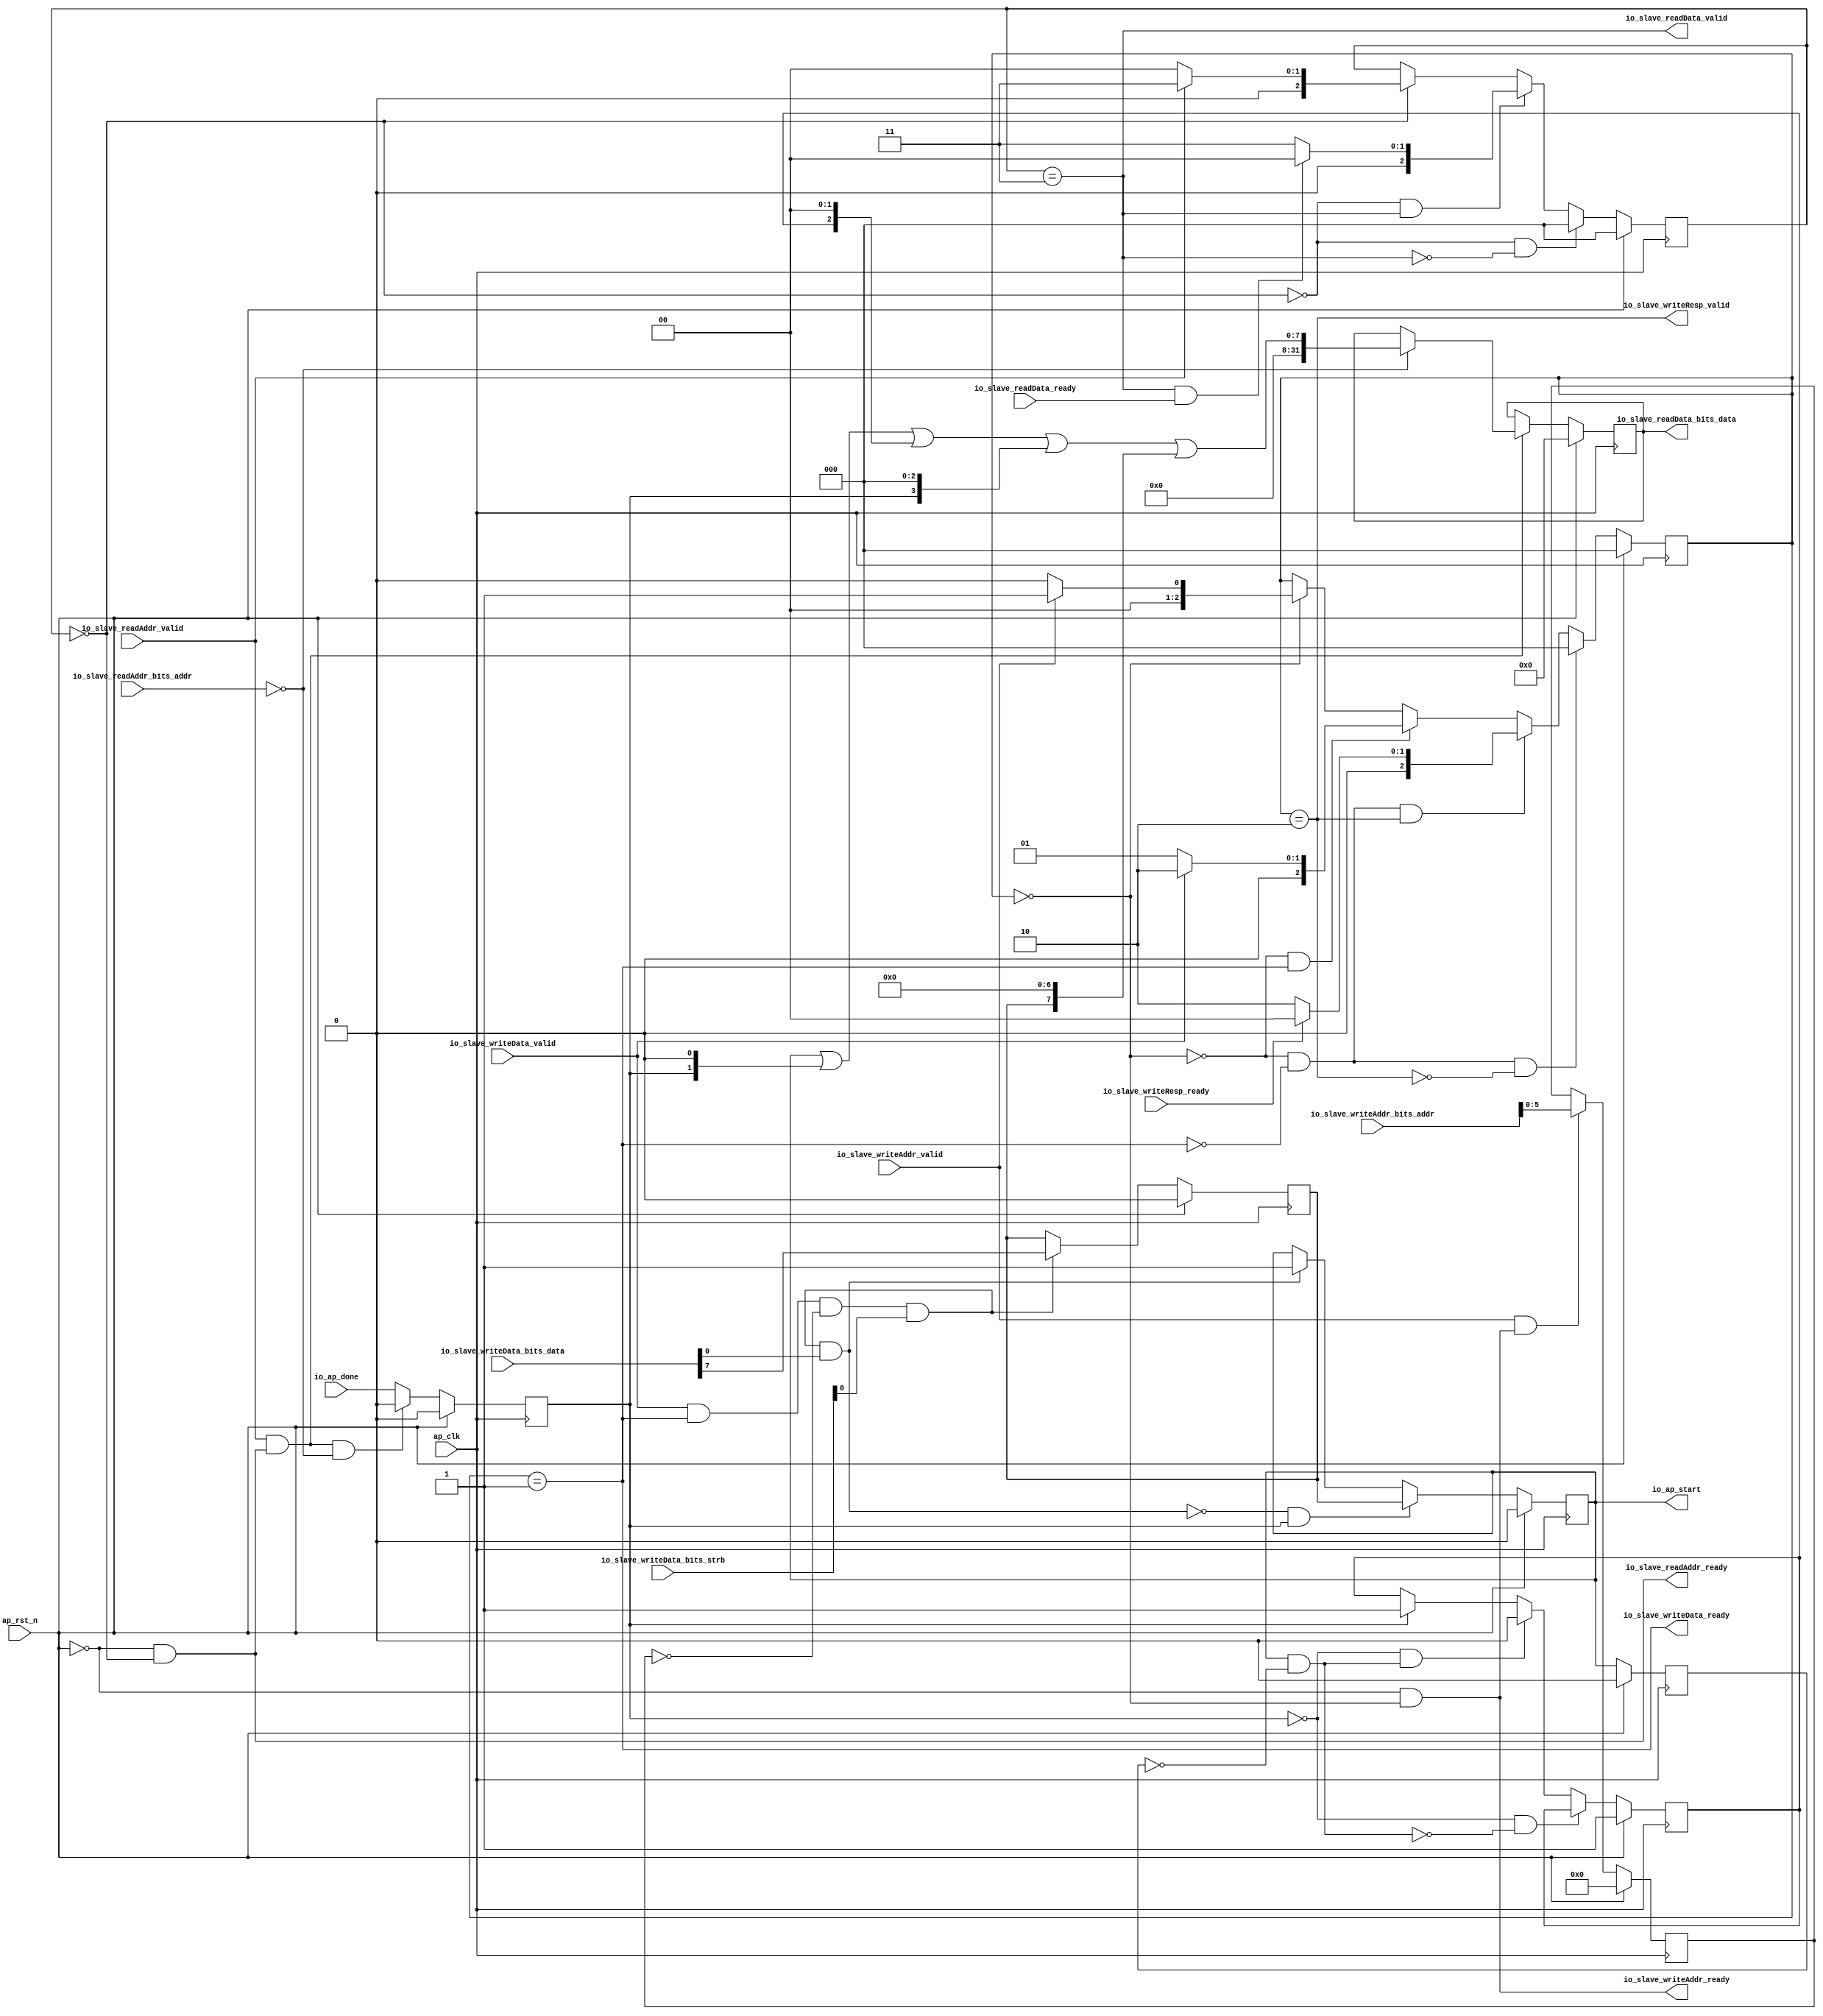
`ifdef RANDOMIZE_GARBAGE_ASSIGN
`define RANDOMIZE
`endif
`ifdef RANDOMIZE_INVALID_ASSIGN
`define RANDOMIZE
`endif
`ifdef RANDOMIZE_REG_INIT
`define RANDOMIZE
`endif
`ifdef RANDOMIZE_MEM_INIT
`define RANDOMIZE
`endif

module AXILiteControl(
  input         ap_clk,
  input         ap_rst_n,
  output        io_slave_writeAddr_ready,
  input         io_slave_writeAddr_valid,
  input  [63:0] io_slave_writeAddr_bits_addr,
  output        io_slave_writeData_ready,
  input         io_slave_writeData_valid,
  input  [31:0] io_slave_writeData_bits_data,
  input  [3:0]  io_slave_writeData_bits_strb,
  input         io_slave_writeResp_ready,
  output        io_slave_writeResp_valid,
  output        io_slave_readAddr_ready,
  input         io_slave_readAddr_valid,
  input  [63:0] io_slave_readAddr_bits_addr,
  input         io_slave_readData_ready,
  output        io_slave_readData_valid,
  output [31:0] io_slave_readData_bits_data,
  output        io_ap_start,
  input         io_ap_done
);
  reg  ap_start;
  reg [31:0] _RAND_0;
  reg  auto_restart;
  reg [31:0] _RAND_1;
  reg  ap_idle;
  reg [31:0] _RAND_2;
  reg  ap_done;
  reg [31:0] _RAND_3;
  reg  ap_start_r;
  reg [31:0] _RAND_4;
  wire  _T_50;
  wire  ap_start_pulse;
  wire  _GEN_0;
  wire  _T_53;
  wire  _T_54;
  wire  _GEN_1;
  wire  _T_59;
  wire  _T_60;
  wire  _GEN_2;
  reg [2:0] stateSlaveWrite;
  reg [31:0] _RAND_5;
  reg [5:0] writeAddr;
  reg [31:0] _RAND_6;
  reg [2:0] stateSlaveRead;
  reg [31:0] _RAND_7;
  reg [31:0] readData;
  reg [31:0] _RAND_8;
  wire  _T_69;
  wire  _T_70;
  wire  _T_71;
  wire  _T_72;
  wire  _T_118;
  wire  addrwr_handshake;
  wire  write_handshake;
  wire [63:0] _GEN_3;
  wire [2:0] _GEN_4;
  wire  _T_121;
  wire [2:0] _GEN_5;
  wire [2:0] _GEN_6;
  wire  _T_124;
  wire  _T_125;
  wire [2:0] _GEN_7;
  wire  _T_127;
  wire [2:0] _GEN_8;
  wire [2:0] _GEN_9;
  wire  _T_132;
  wire  _T_133;
  wire  _T_134;
  wire [2:0] _GEN_10;
  wire  _T_136;
  wire [2:0] _GEN_11;
  wire [2:0] _GEN_12;
  wire  _T_143;
  wire  _T_144;
  wire [2:0] _GEN_13;
  wire  _T_147;
  wire  _T_148;
  wire  _T_149;
  wire  addrrd_handshake;
  wire [2:0] _GEN_14;
  wire  _T_152;
  wire [2:0] _GEN_15;
  wire [2:0] _GEN_16;
  wire  _T_155;
  wire  _T_156;
  wire  _T_157;
  wire [2:0] _GEN_17;
  wire  _T_159;
  wire [2:0] _GEN_18;
  wire [2:0] _GEN_19;
  wire  _T_163;
  wire  _T_164;
  wire [2:0] _GEN_20;
  wire  _T_165;
  wire [1:0] _GEN_27;
  wire [1:0] _T_166;
  wire [1:0] _GEN_28;
  wire [1:0] _T_167;
  wire [2:0] _GEN_29;
  wire [2:0] _T_168;
  wire [2:0] _GEN_30;
  wire [2:0] _T_169;
  wire [3:0] _GEN_31;
  wire [3:0] _T_170;
  wire [3:0] _GEN_32;
  wire [3:0] _T_171;
  wire [7:0] _GEN_33;
  wire [7:0] _T_172;
  wire [7:0] _GEN_34;
  wire [7:0] _T_173;
  wire [31:0] _GEN_21;
  wire [31:0] _GEN_22;
  wire  _T_174;
  wire  _T_175;
  wire  _T_176;
  wire  _T_177;
  wire  _T_178;
  wire  _T_179;
  wire  _GEN_23;
  wire  _T_182;
  wire  _T_183;
  wire  _GEN_24;
  wire  _T_185;
  wire  _GEN_25;
  wire  _T_191;
  wire  _GEN_26;
  assign io_slave_writeAddr_ready = _T_71;
  assign io_slave_writeData_ready = _T_72;
  assign io_slave_writeResp_valid = _T_118;
  assign io_slave_readAddr_ready = _T_148;
  assign io_slave_readData_valid = _T_149;
  assign io_slave_readData_bits_data = readData;
  assign io_ap_start = ap_start;
  assign _T_50 = ap_start_r == 1'h0;
  assign ap_start_pulse = ap_start & _T_50;
  assign _GEN_0 = ap_done ? 1'h1 : ap_idle;
  assign _T_53 = ap_done == 1'h0;
  assign _T_54 = _T_53 & ap_start_pulse;
  assign _GEN_1 = _T_54 ? 1'h0 : _GEN_0;
  assign _T_59 = ap_start_pulse == 1'h0;
  assign _T_60 = _T_53 & _T_59;
  assign _GEN_2 = _T_60 ? ap_idle : _GEN_1;
  assign _T_69 = ap_rst_n == 1'h0;
  assign _T_70 = stateSlaveWrite == 3'h0;
  assign _T_71 = _T_69 & _T_70;
  assign _T_72 = stateSlaveWrite == 3'h1;
  assign _T_118 = stateSlaveWrite == 3'h2;
  assign addrwr_handshake = io_slave_writeAddr_valid & io_slave_writeAddr_ready;
  assign write_handshake = io_slave_writeData_valid & io_slave_writeData_ready;
  assign _GEN_3 = addrwr_handshake ? io_slave_writeAddr_bits_addr : {{58'd0}, writeAddr};
  assign _GEN_4 = io_slave_writeAddr_valid ? 3'h1 : stateSlaveWrite;
  assign _T_121 = io_slave_writeAddr_valid == 1'h0;
  assign _GEN_5 = _T_121 ? 3'h0 : _GEN_4;
  assign _GEN_6 = _T_70 ? _GEN_5 : stateSlaveWrite;
  assign _T_124 = _T_70 == 1'h0;
  assign _T_125 = _T_124 & _T_72;
  assign _GEN_7 = io_slave_writeData_valid ? 3'h2 : _GEN_6;
  assign _T_127 = io_slave_writeData_valid == 1'h0;
  assign _GEN_8 = _T_127 ? 3'h1 : _GEN_7;
  assign _GEN_9 = _T_125 ? _GEN_8 : _GEN_6;
  assign _T_132 = _T_72 == 1'h0;
  assign _T_133 = _T_124 & _T_132;
  assign _T_134 = _T_133 & _T_118;
  assign _GEN_10 = io_slave_writeResp_ready ? 3'h0 : _GEN_9;
  assign _T_136 = io_slave_writeResp_ready == 1'h0;
  assign _GEN_11 = _T_136 ? 3'h2 : _GEN_10;
  assign _GEN_12 = _T_134 ? _GEN_11 : _GEN_9;
  assign _T_143 = _T_118 == 1'h0;
  assign _T_144 = _T_133 & _T_143;
  assign _GEN_13 = _T_144 ? 3'h0 : _GEN_12;
  assign _T_147 = stateSlaveRead == 3'h0;
  assign _T_148 = _T_69 & _T_147;
  assign _T_149 = stateSlaveRead == 3'h3;
  assign addrrd_handshake = io_slave_readAddr_valid & io_slave_readAddr_ready;
  assign _GEN_14 = io_slave_readAddr_valid ? 3'h3 : stateSlaveRead;
  assign _T_152 = io_slave_readAddr_valid == 1'h0;
  assign _GEN_15 = _T_152 ? 3'h0 : _GEN_14;
  assign _GEN_16 = _T_147 ? _GEN_15 : stateSlaveRead;
  assign _T_155 = _T_147 == 1'h0;
  assign _T_156 = _T_155 & _T_149;
  assign _T_157 = io_slave_readData_valid & io_slave_readData_ready;
  assign _GEN_17 = _T_157 ? 3'h0 : _GEN_16;
  assign _T_159 = _T_157 == 1'h0;
  assign _GEN_18 = _T_159 ? 3'h3 : _GEN_17;
  assign _GEN_19 = _T_156 ? _GEN_18 : _GEN_16;
  assign _T_163 = _T_149 == 1'h0;
  assign _T_164 = _T_155 & _T_163;
  assign _GEN_20 = _T_164 ? 3'h0 : _GEN_19;
  assign _T_165 = io_slave_readAddr_bits_addr == 64'h0;
  assign _GEN_27 = {{1'd0}, ap_done};
  assign _T_166 = _GEN_27 << 1;
  assign _GEN_28 = {{1'd0}, ap_start};
  assign _T_167 = _GEN_28 | _T_166;
  assign _GEN_29 = {{2'd0}, ap_idle};
  assign _T_168 = _GEN_29 << 2;
  assign _GEN_30 = {{1'd0}, _T_167};
  assign _T_169 = _GEN_30 | _T_168;
  assign _GEN_31 = {{3'd0}, ap_done};
  assign _T_170 = _GEN_31 << 3;
  assign _GEN_32 = {{1'd0}, _T_169};
  assign _T_171 = _GEN_32 | _T_170;
  assign _GEN_33 = {{7'd0}, auto_restart};
  assign _T_172 = _GEN_33 << 7;
  assign _GEN_34 = {{4'd0}, _T_171};
  assign _T_173 = _GEN_34 | _T_172;
  assign _GEN_21 = _T_165 ? {{24'd0}, _T_173} : readData;
  assign _GEN_22 = addrrd_handshake ? _GEN_21 : readData;
  assign _T_174 = writeAddr == 6'h0;
  assign _T_175 = write_handshake & _T_174;
  assign _T_176 = io_slave_writeData_bits_strb[0];
  assign _T_177 = _T_175 & _T_176;
  assign _T_178 = io_slave_writeData_bits_data[0];
  assign _T_179 = _T_177 & _T_178;
  assign _GEN_23 = _T_179 ? 1'h1 : ap_start;
  assign _T_182 = _T_179 == 1'h0;
  assign _T_183 = _T_182 & ap_done;
  assign _GEN_24 = _T_183 ? auto_restart : _GEN_23;
  assign _T_185 = addrrd_handshake & _T_165;
  assign _GEN_25 = _T_185 ? 1'h0 : io_ap_done;
  assign _T_191 = io_slave_writeData_bits_data[7];
  assign _GEN_26 = _T_177 ? _T_191 : auto_restart;
`ifdef RANDOMIZE
  integer initvar;
  initial begin
    `ifndef verilator
      #0.002 begin end
    `endif
  `ifdef RANDOMIZE_REG_INIT
  _RAND_0 = {1{$random}};
  ap_start = _RAND_0[0:0];
  `endif // RANDOMIZE_REG_INIT
  `ifdef RANDOMIZE_REG_INIT
  _RAND_1 = {1{$random}};
  auto_restart = _RAND_1[0:0];
  `endif // RANDOMIZE_REG_INIT
  `ifdef RANDOMIZE_REG_INIT
  _RAND_2 = {1{$random}};
  ap_idle = _RAND_2[0:0];
  `endif // RANDOMIZE_REG_INIT
  `ifdef RANDOMIZE_REG_INIT
  _RAND_3 = {1{$random}};
  ap_done = _RAND_3[0:0];
  `endif // RANDOMIZE_REG_INIT
  `ifdef RANDOMIZE_REG_INIT
  _RAND_4 = {1{$random}};
  ap_start_r = _RAND_4[0:0];
  `endif // RANDOMIZE_REG_INIT
  `ifdef RANDOMIZE_REG_INIT
  _RAND_5 = {1{$random}};
  stateSlaveWrite = _RAND_5[2:0];
  `endif // RANDOMIZE_REG_INIT
  `ifdef RANDOMIZE_REG_INIT
  _RAND_6 = {1{$random}};
  writeAddr = _RAND_6[5:0];
  `endif // RANDOMIZE_REG_INIT
  `ifdef RANDOMIZE_REG_INIT
  _RAND_7 = {1{$random}};
  stateSlaveRead = _RAND_7[2:0];
  `endif // RANDOMIZE_REG_INIT
  `ifdef RANDOMIZE_REG_INIT
  _RAND_8 = {1{$random}};
  readData = _RAND_8[31:0];
  `endif // RANDOMIZE_REG_INIT
  end
`endif // RANDOMIZE
  always @(posedge ap_clk) begin
    if (ap_rst_n) begin
      ap_start <= 1'h0;
    end else begin
      if (_T_183) begin
        ap_start <= auto_restart;
      end else begin
        if (_T_179) begin
          ap_start <= 1'h1;
        end
      end
    end
    if (ap_rst_n) begin
      auto_restart <= 1'h0;
    end else begin
      if (_T_177) begin
        auto_restart <= _T_191;
      end
    end
    if (ap_rst_n) begin
      ap_idle <= 1'h1;
    end else begin
      if (!(_T_60)) begin
        if (_T_54) begin
          ap_idle <= 1'h0;
        end else begin
          if (ap_done) begin
            ap_idle <= 1'h1;
          end
        end
      end
    end
    if (ap_rst_n) begin
      ap_done <= 1'h0;
    end else begin
      if (_T_185) begin
        ap_done <= 1'h0;
      end else begin
        ap_done <= io_ap_done;
      end
    end
    if (ap_rst_n) begin
      ap_start_r <= 1'h0;
    end else begin
      ap_start_r <= ap_start;
    end
    if (ap_rst_n) begin
      stateSlaveWrite <= 3'h0;
    end else begin
      if (_T_144) begin
        stateSlaveWrite <= 3'h0;
      end else begin
        if (_T_134) begin
          if (_T_136) begin
            stateSlaveWrite <= 3'h2;
          end else begin
            if (io_slave_writeResp_ready) begin
              stateSlaveWrite <= 3'h0;
            end else begin
              if (_T_125) begin
                if (_T_127) begin
                  stateSlaveWrite <= 3'h1;
                end else begin
                  if (io_slave_writeData_valid) begin
                    stateSlaveWrite <= 3'h2;
                  end else begin
                    if (_T_70) begin
                      if (_T_121) begin
                        stateSlaveWrite <= 3'h0;
                      end else begin
                        if (io_slave_writeAddr_valid) begin
                          stateSlaveWrite <= 3'h1;
                        end
                      end
                    end
                  end
                end
              end else begin
                if (_T_70) begin
                  if (_T_121) begin
                    stateSlaveWrite <= 3'h0;
                  end else begin
                    if (io_slave_writeAddr_valid) begin
                      stateSlaveWrite <= 3'h1;
                    end
                  end
                end
              end
            end
          end
        end else begin
          if (_T_125) begin
            if (_T_127) begin
              stateSlaveWrite <= 3'h1;
            end else begin
              if (io_slave_writeData_valid) begin
                stateSlaveWrite <= 3'h2;
              end else begin
                if (_T_70) begin
                  if (_T_121) begin
                    stateSlaveWrite <= 3'h0;
                  end else begin
                    if (io_slave_writeAddr_valid) begin
                      stateSlaveWrite <= 3'h1;
                    end
                  end
                end
              end
            end
          end else begin
            if (_T_70) begin
              if (_T_121) begin
                stateSlaveWrite <= 3'h0;
              end else begin
                if (io_slave_writeAddr_valid) begin
                  stateSlaveWrite <= 3'h1;
                end
              end
            end
          end
        end
      end
    end
    if (ap_rst_n) begin
      writeAddr <= 6'h0;
    end else begin
      writeAddr <= _GEN_3[5:0];
    end
    if (ap_rst_n) begin
      stateSlaveRead <= 3'h0;
    end else begin
      if (_T_164) begin
        stateSlaveRead <= 3'h0;
      end else begin
        if (_T_156) begin
          if (_T_159) begin
            stateSlaveRead <= 3'h3;
          end else begin
            if (_T_157) begin
              stateSlaveRead <= 3'h0;
            end else begin
              if (_T_147) begin
                if (_T_152) begin
                  stateSlaveRead <= 3'h0;
                end else begin
                  if (io_slave_readAddr_valid) begin
                    stateSlaveRead <= 3'h3;
                  end
                end
              end
            end
          end
        end else begin
          if (_T_147) begin
            if (_T_152) begin
              stateSlaveRead <= 3'h0;
            end else begin
              if (io_slave_readAddr_valid) begin
                stateSlaveRead <= 3'h3;
              end
            end
          end
        end
      end
    end
    if (ap_rst_n) begin
      readData <= 32'h0;
    end else begin
      if (addrrd_handshake) begin
        if (_T_165) begin
          readData <= {{24'd0}, _T_173};
        end
      end
    end
  end
endmodule
module MyKernel(
  input   ap_clk,
  input   ap_rst_n,
  input   io_ap_start,
  output  io_ap_done
);
  reg [4:0] value;
  reg [31:0] _RAND_0;
  reg  regFlagStart;
  reg [31:0] _RAND_1;
  reg  doneReg;
  reg [31:0] _RAND_2;
  wire  _T_18;
  wire  _T_19;
  wire  _T_21;
  wire [5:0] _T_23;
  wire [4:0] _T_24;
  wire [4:0] _GEN_0;
  wire [4:0] _GEN_1;
  wire  _GEN_2;
  wire  _T_28;
  wire  _GEN_3;
  assign io_ap_done = doneReg;
  assign _T_18 = regFlagStart == 1'h0;
  assign _T_19 = io_ap_start & _T_18;
  assign _T_21 = value == 5'h1d;
  assign _T_23 = value + 5'h1;
  assign _T_24 = _T_23[4:0];
  assign _GEN_0 = _T_21 ? 5'h0 : _T_24;
  assign _GEN_1 = _T_19 ? _GEN_0 : value;
  assign _GEN_2 = _T_19 ? 1'h1 : regFlagStart;
  assign _T_28 = value > 5'h0;
  assign _GEN_3 = _T_28 ? 1'h1 : doneReg;
`ifdef RANDOMIZE
  integer initvar;
  initial begin
    `ifndef verilator
      #0.002 begin end
    `endif
  `ifdef RANDOMIZE_REG_INIT
  _RAND_0 = {1{$random}};
  value = _RAND_0[4:0];
  `endif // RANDOMIZE_REG_INIT
  `ifdef RANDOMIZE_REG_INIT
  _RAND_1 = {1{$random}};
  regFlagStart = _RAND_1[0:0];
  `endif // RANDOMIZE_REG_INIT
  `ifdef RANDOMIZE_REG_INIT
  _RAND_2 = {1{$random}};
  doneReg = _RAND_2[0:0];
  `endif // RANDOMIZE_REG_INIT
  end
`endif // RANDOMIZE
  always @(posedge ap_clk) begin
    if (ap_rst_n) begin
      value <= 5'h0;
    end else begin
      if (_T_19) begin
        if (_T_21) begin
          value <= 5'h0;
        end else begin
          value <= _T_24;
        end
      end
    end
    if (ap_rst_n) begin
      regFlagStart <= 1'h0;
    end else begin
      if (_T_19) begin
        regFlagStart <= 1'h1;
      end
    end
    if (ap_rst_n) begin
      doneReg <= 1'h0;
    end else begin
      if (_T_28) begin
        doneReg <= 1'h1;
      end
    end
  end
endmodule
module SDAChiselWrapper(
  input          ap_clk,
  input          ap_rst_n,
  input          m_axi_gmem_AWREADY,
  output         m_axi_gmem_AWVALID,
  output [63:0]  m_axi_gmem_AWADDR,
  output [2:0]   m_axi_gmem_AWSIZE,
  output [7:0]   m_axi_gmem_AWLEN,
  output [1:0]   m_axi_gmem_AWBURST,
  output         m_axi_gmem_AWID,
  output         m_axi_gmem_AWLOCK,
  output [3:0]   m_axi_gmem_AWCACHE,
  output [2:0]   m_axi_gmem_AWPROT,
  output [3:0]   m_axi_gmem_AWQOS,
  input          m_axi_gmem_WREADY,
  output         m_axi_gmem_WVALID,
  output [511:0] m_axi_gmem_WDATA,
  output [63:0]  m_axi_gmem_WSTRB,
  output         m_axi_gmem_WLAST,
  output         m_axi_gmem_BREADY,
  input          m_axi_gmem_BVALID,
  input          m_axi_gmem_BID,
  input  [1:0]   m_axi_gmem_BRESP,
  input          m_axi_gmem_ARREADY,
  output         m_axi_gmem_ARVALID,
  output [63:0]  m_axi_gmem_ARADDR,
  output [2:0]   m_axi_gmem_ARSIZE,
  output [7:0]   m_axi_gmem_ARLEN,
  output [1:0]   m_axi_gmem_ARBURST,
  output         m_axi_gmem_ARID,
  output         m_axi_gmem_ARLOCK,
  output [3:0]   m_axi_gmem_ARCACHE,
  output [2:0]   m_axi_gmem_ARPROT,
  output [3:0]   m_axi_gmem_ARQOS,
  output         m_axi_gmem_RREADY,
  input          m_axi_gmem_RVALID,
  input  [511:0] m_axi_gmem_RDATA,
  input          m_axi_gmem_RID,
  input          m_axi_gmem_RLAST,
  input  [1:0]   m_axi_gmem_RRESP,
  output         S_AXI_CONTROL_AWREADY,
  input          S_AXI_CONTROL_AWVALID,
  input  [63:0]  S_AXI_CONTROL_AWADDR,
  input  [2:0]   S_AXI_CONTROL_AWPROT,
  output         S_AXI_CONTROL_WREADY,
  input          S_AXI_CONTROL_WVALID,
  input  [31:0]  S_AXI_CONTROL_WDATA,
  input  [3:0]   S_AXI_CONTROL_WSTRB,
  input          S_AXI_CONTROL_BREADY,
  output         S_AXI_CONTROL_BVALID,
  output [1:0]   S_AXI_CONTROL_BRESP,
  output         S_AXI_CONTROL_ARREADY,
  input          S_AXI_CONTROL_ARVALID,
  input  [63:0]  S_AXI_CONTROL_ARADDR,
  input  [2:0]   S_AXI_CONTROL_ARPROT,
  input          S_AXI_CONTROL_RREADY,
  output         S_AXI_CONTROL_RVALID,
  output [31:0]  S_AXI_CONTROL_RDATA,
  output [1:0]   S_AXI_CONTROL_RRESP
);
  wire  slave_fsm_ap_clk;
  wire  slave_fsm_ap_rst_n;
  wire  slave_fsm_io_slave_writeAddr_ready;
  wire  slave_fsm_io_slave_writeAddr_valid;
  wire [63:0] slave_fsm_io_slave_writeAddr_bits_addr;
  wire  slave_fsm_io_slave_writeData_ready;
  wire  slave_fsm_io_slave_writeData_valid;
  wire [31:0] slave_fsm_io_slave_writeData_bits_data;
  wire [3:0] slave_fsm_io_slave_writeData_bits_strb;
  wire  slave_fsm_io_slave_writeResp_ready;
  wire  slave_fsm_io_slave_writeResp_valid;
  wire  slave_fsm_io_slave_readAddr_ready;
  wire  slave_fsm_io_slave_readAddr_valid;
  wire [63:0] slave_fsm_io_slave_readAddr_bits_addr;
  wire  slave_fsm_io_slave_readData_ready;
  wire  slave_fsm_io_slave_readData_valid;
  wire [31:0] slave_fsm_io_slave_readData_bits_data;
  wire  slave_fsm_io_ap_start;
  wire  slave_fsm_io_ap_done;
  wire  RTLKernel_ap_clk;
  wire  RTLKernel_ap_rst_n;
  wire  RTLKernel_io_ap_start;
  wire  RTLKernel_io_ap_done;
  wire  _T_88;
  AXILiteControl slave_fsm (
    .ap_clk(slave_fsm_ap_clk),
    .ap_rst_n(slave_fsm_ap_rst_n),
    .io_slave_writeAddr_ready(slave_fsm_io_slave_writeAddr_ready),
    .io_slave_writeAddr_valid(slave_fsm_io_slave_writeAddr_valid),
    .io_slave_writeAddr_bits_addr(slave_fsm_io_slave_writeAddr_bits_addr),
    .io_slave_writeData_ready(slave_fsm_io_slave_writeData_ready),
    .io_slave_writeData_valid(slave_fsm_io_slave_writeData_valid),
    .io_slave_writeData_bits_data(slave_fsm_io_slave_writeData_bits_data),
    .io_slave_writeData_bits_strb(slave_fsm_io_slave_writeData_bits_strb),
    .io_slave_writeResp_ready(slave_fsm_io_slave_writeResp_ready),
    .io_slave_writeResp_valid(slave_fsm_io_slave_writeResp_valid),
    .io_slave_readAddr_ready(slave_fsm_io_slave_readAddr_ready),
    .io_slave_readAddr_valid(slave_fsm_io_slave_readAddr_valid),
    .io_slave_readAddr_bits_addr(slave_fsm_io_slave_readAddr_bits_addr),
    .io_slave_readData_ready(slave_fsm_io_slave_readData_ready),
    .io_slave_readData_valid(slave_fsm_io_slave_readData_valid),
    .io_slave_readData_bits_data(slave_fsm_io_slave_readData_bits_data),
    .io_ap_start(slave_fsm_io_ap_start),
    .io_ap_done(slave_fsm_io_ap_done)
  );
  MyKernel RTLKernel (
    .ap_clk(RTLKernel_ap_clk),
    .ap_rst_n(RTLKernel_ap_rst_n),
    .io_ap_start(RTLKernel_io_ap_start),
    .io_ap_done(RTLKernel_io_ap_done)
  );
  assign m_axi_gmem_AWVALID = 1'h0;
  assign m_axi_gmem_AWADDR = 64'h0;
  assign m_axi_gmem_AWSIZE = 3'h0;
  assign m_axi_gmem_AWLEN = 8'h0;
  assign m_axi_gmem_AWBURST = 2'h0;
  assign m_axi_gmem_AWID = 1'h0;
  assign m_axi_gmem_AWLOCK = 1'h0;
  assign m_axi_gmem_AWCACHE = 4'h0;
  assign m_axi_gmem_AWPROT = 3'h0;
  assign m_axi_gmem_AWQOS = 4'h0;
  assign m_axi_gmem_WVALID = 1'h0;
  assign m_axi_gmem_WDATA = 512'h0;
  assign m_axi_gmem_WSTRB = 64'h0;
  assign m_axi_gmem_WLAST = 1'h0;
  assign m_axi_gmem_BREADY = 1'h0;
  assign m_axi_gmem_ARVALID = 1'h0;
  assign m_axi_gmem_ARADDR = 64'h0;
  assign m_axi_gmem_ARSIZE = 3'h0;
  assign m_axi_gmem_ARLEN = 8'h0;
  assign m_axi_gmem_ARBURST = 2'h0;
  assign m_axi_gmem_ARID = 1'h0;
  assign m_axi_gmem_ARLOCK = 1'h0;
  assign m_axi_gmem_ARCACHE = 4'h0;
  assign m_axi_gmem_ARPROT = 3'h0;
  assign m_axi_gmem_ARQOS = 4'h0;
  assign m_axi_gmem_RREADY = 1'h0;
  assign S_AXI_CONTROL_AWREADY = slave_fsm_io_slave_writeAddr_ready;
  assign S_AXI_CONTROL_WREADY = slave_fsm_io_slave_writeData_ready;
  assign S_AXI_CONTROL_BVALID = slave_fsm_io_slave_writeResp_valid;
  assign S_AXI_CONTROL_BRESP = 2'h0;
  assign S_AXI_CONTROL_ARREADY = slave_fsm_io_slave_readAddr_ready;
  assign S_AXI_CONTROL_RVALID = slave_fsm_io_slave_readData_valid;
  assign S_AXI_CONTROL_RDATA = slave_fsm_io_slave_readData_bits_data;
  assign S_AXI_CONTROL_RRESP = 2'h0;
  assign slave_fsm_ap_clk = ap_clk;
  assign slave_fsm_ap_rst_n = _T_88;
  assign slave_fsm_io_slave_writeAddr_valid = S_AXI_CONTROL_AWVALID;
  assign slave_fsm_io_slave_writeAddr_bits_addr = S_AXI_CONTROL_AWADDR;
  assign slave_fsm_io_slave_writeData_valid = S_AXI_CONTROL_WVALID;
  assign slave_fsm_io_slave_writeData_bits_data = S_AXI_CONTROL_WDATA;
  assign slave_fsm_io_slave_writeData_bits_strb = S_AXI_CONTROL_WSTRB;
  assign slave_fsm_io_slave_writeResp_ready = S_AXI_CONTROL_BREADY;
  assign slave_fsm_io_slave_readAddr_valid = S_AXI_CONTROL_ARVALID;
  assign slave_fsm_io_slave_readAddr_bits_addr = S_AXI_CONTROL_ARADDR;
  assign slave_fsm_io_slave_readData_ready = slave_fsm_io_slave_readData_ready;
  assign slave_fsm_io_ap_done = RTLKernel_io_ap_done;
  assign RTLKernel_ap_clk = ap_clk;
  assign RTLKernel_ap_rst_n = _T_88;
  assign RTLKernel_io_ap_start = slave_fsm_io_ap_start;
  assign _T_88 = ap_rst_n == 1'h0;
endmodule